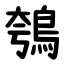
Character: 鴮